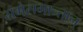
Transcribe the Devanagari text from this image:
समेसमान्तान्